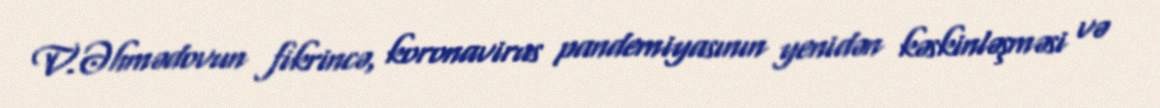
V.Əhmədovun fikrincə, koronavirus pandemiyasının yenidən kəskinləşməsi və